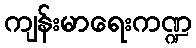
ကျန်းမာရေးကဏ္ဍ